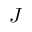
J